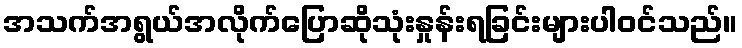
အသက်အရွယ်အလိုက်ပြောဆိုသုံးနှုန်းရခြင်းများပါဝင်သည်။